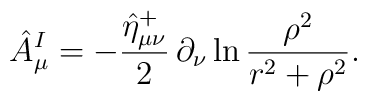
\hat{A}_\mu ^I =- \frac{\hat{\eta}_{\mu \nu }^+}2 \,\partial_\nu \ln \frac{\rho^2}{r^2+\rho^2} .